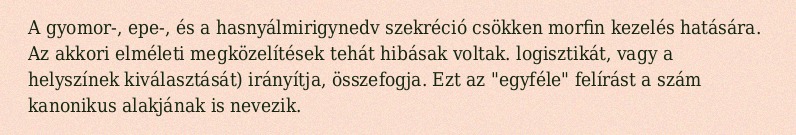
A gyomor-, epe-, és a hasnyálmirigynedv szekréció csökken morfin kezelés hatására. Az akkori elméleti megközelítések tehát hibásak voltak. logisztikát, vagy a helyszínek kiválasztását) irányítja, összefogja. Ezt az "egyféle" felírást a szám kanonikus alakjának is nevezik.